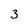
Character: 3